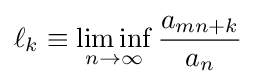
\ell _{k}\equiv \liminf _{n\rightarrow \infty }{\frac {a_{mn+k}}{a_{n}}}